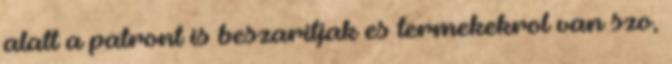
alatt a patront is beszaritjak es termekekrol van szo,